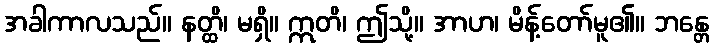
အခါကာလသည်။ နတ္ထိ၊ မရှိ။ ဣတိ၊ ဤသို့။ အာဟ၊ မိန့်တော်မူ၏။ ဘန္တေ